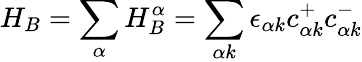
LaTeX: H_{B}=\sum_{\alpha}H_{B}^{\alpha}=\sum_{\alpha k}\epsilon_{\alpha k}c_{\alpha k}^{+}c_{\alpha k}^{-}